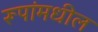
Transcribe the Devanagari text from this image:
रूपांमधील